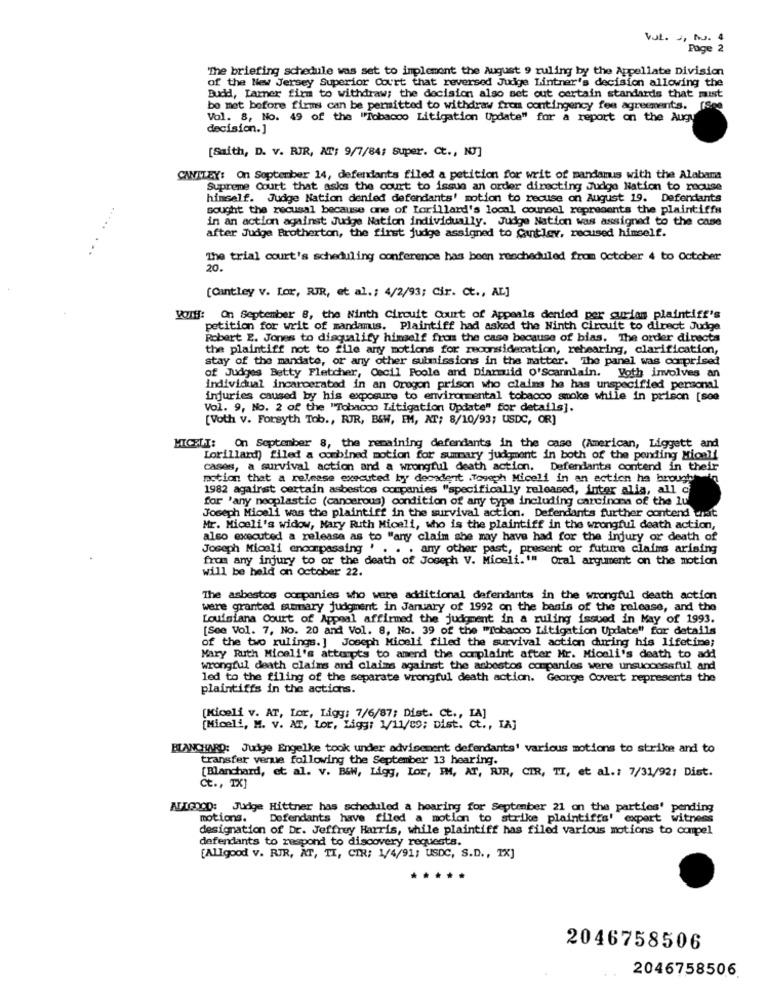
VJl. J, AJ. 4
Page 2
The briefing schedule was set to implement the August 9 ruling by the Appellate Division
of the New Jersey Superior Court that reversed Judge Lintner's decision allowing the
Budd, Larner firm to withdraw; the decision also set out certain standards that must
be met before firms can be permitted to withdraw from contingency fee agreements.
Vol. 8, No. 49 of the ""Tobacco Litigation Update" for a report on the Augu
decision.]
[Saith, D. v. RIR, AT; 9/7/84; super. Ct ., N7]
CANTLEY: On September 14, defendants filed a petition for writ of mandamus with the Alabama
Supreme Court that asks the court to issue an order directing Judge Nation to recuse
himself. Judge Nation denied defendants' motion to recuse on August 19. Defendants
sought the recusal because one of Lorillard's local counsel represents the plaintiffs
in an action against Judge Nation individually. Judge Nation was assigned to the case
after Judge Brotherton, the first judge assigned to Cantley, recused himself.
....
The trial court's scheduling conference has been rescheduled from October 4 to October
[Cantley v. Lor, RIR, et al .: 4/2/93; Cir. Ct ., AL]
YolH: On September 8, the Ninth Circuit Court of Appeals denied per curiam plaintiff's
petition for writ of mandamus. Plaintiff had asked the Ninth Circuit to direct Judge
Robert E. Jones to disqualify himself from the case because of bias. The order directa
the plaintiff not to file any motions for reconsideration, rebearing, clarification,
stay of the mandate, or any other submissions in the matter. The panel was comprised
of Judges Betty Fletcher, Cecil Poole and Diarmid O'Scannlain. Yoth involves an
individual incarcerated in an Oregon prison who claims he has unspecified personal
injuries caused by his exposure to environmental tobacco smoke while in prison [see
Vol. 9, No. 2 of the "Tobacco Litigation Update" for details].
[Voth v. Forsyth Tob ., RUR, B&W, EM, AT; 8/10/93; USDC, OR]
MICHLT: On September 8, the remaining defendants in the case (American, Liggett and
Lorillard) filed a combined motion for summary judgment in both of the pending Micell
cases, a survival action and a wrongful death action. Defendants contend in their
action that a release executed by decadent .Tough Micell in an action ha brought
1982 against certain asbestos companies "specifically released, inter alia, all c
for 'any neoplastic (cancerous) condition of any type including carcinoma of the lu
Joseph Micell was the plaintiff in the survival action. Defendants further contend cuit
Mr. Miceli's widow, Mary Ruth Miceli, who is the plaintiff in the wrongful death action,
also executed a release as to "any claim she may have had for the injury or death of
Joseph Miceli encompassing . . . . any other past, present or future claims arising
from any injury to or the death of Joseph V. Miceli."" Oral argument on the motion
will be held on October 22.
The asbestos companies who were additional defendants in the wrongful death action
were granted summary judgment in January of 1992 on the basis of the release, and the
Louisiana Court of Appeal affirmed the judgment in a ruling issued in May of 1993.
[See Vol. 7, No. 20 and Vol. 8, No. 39 of the "Tobacco Litigation Update" for details
of the two rulings. ] Joseph Miceli filed the survival action during his lifetime;
Mary Ruth Miceli's attempts to amend the complaint after Mr. Miceli's death to add
wrongful death claims and claims against the asbestos companies were unsuccessful and
led to the filing of the separate wrongful death action. George Covert represents the
plaintiffs in the actions.
(Niceli v. AT, Lor, Ligy: 7/6/87; Dist. Ct ., [A]
[Miceli, M. v. AT, Lor, Ligy: 1/11/c9; Dist. ct ., [A]
BLANCHARD: Judge Engelke took under advisement defendants' various motions to strike and to
transfer venue following the September 13 hearing.
[Blanchard, et al. v. B&W, Ligg, Lor, IM, AT, RIR, CIR, TI, et al .: 7/31/921 Dist.
Ct ., TX]
ALLGOOD: Judge Hittner has scheduled a hearing for September 21 on the parties' pending
motions.
Defendants have filed a motion to strike plaintiffs' expert witness
designation of Dr. Jeffrey Harris, while plaintiff has filed various motions to compel
defendants to respond to discovery requests.
[Allgood V. RIR, AT, TI, CIR; 1/4/91; USDC, S.D ., TX]
2046758506
2046758506